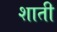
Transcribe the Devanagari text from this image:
शाती